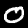
Digit: 0